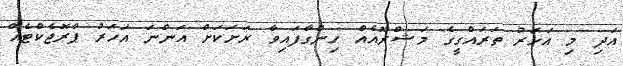
އަދި މި އަހަރު ތަރައްގީގެ މަޝްރޫއެއް ހިންގާފައިވާ ރަށަކަށް އަންނަ އަހަރު ޕްރޮޖެކްޓެއް